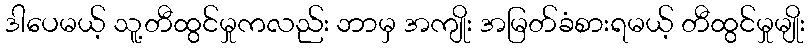
ဒါပေမယ့် သူ့တီထွင်မှုကလည်း ဘာမှ အကျိုး အမြတ်ခံစားရမယ့် တီထွင်မှုမျိုး